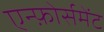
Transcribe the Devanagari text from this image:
एन्फ़ोर्समेंट